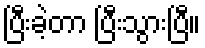
ပြီးခဲ့တာ ပြီးသွားပြီ။